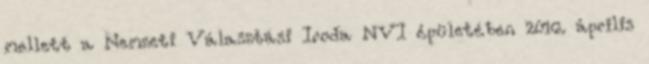
mellett a Nemzeti Választási Iroda NVI épületében 2016. április